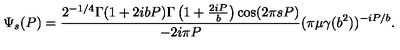
\Psi _ { s } ( P ) = \frac { 2 ^ { - 1 / 4 } \Gamma ( 1 + 2 i b P ) \Gamma \left( 1 + \frac { 2 i P } { b } \right) \cos ( 2 \pi s P ) } { - 2 i \pi P } ( \pi \mu \gamma ( b ^ { 2 } ) ) ^ { - i P / b } .